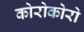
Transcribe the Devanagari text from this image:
कोरोकोरो